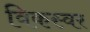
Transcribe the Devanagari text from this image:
विकस्वर